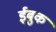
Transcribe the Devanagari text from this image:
ईबुक